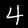
Label: 4